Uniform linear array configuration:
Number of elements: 32
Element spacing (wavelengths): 0.5
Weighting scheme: uniform
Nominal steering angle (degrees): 15
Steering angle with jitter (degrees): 14.567
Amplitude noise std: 0.05
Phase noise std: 0.05

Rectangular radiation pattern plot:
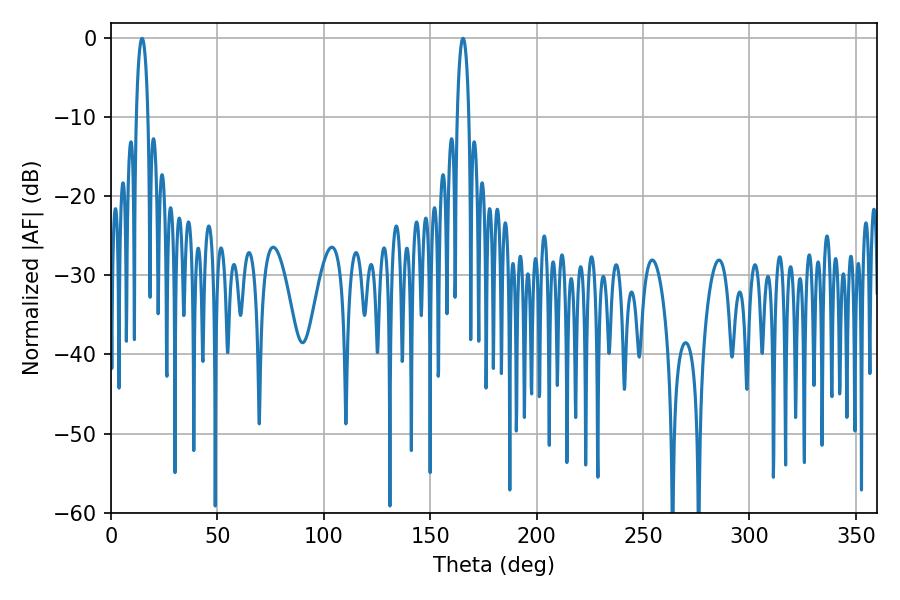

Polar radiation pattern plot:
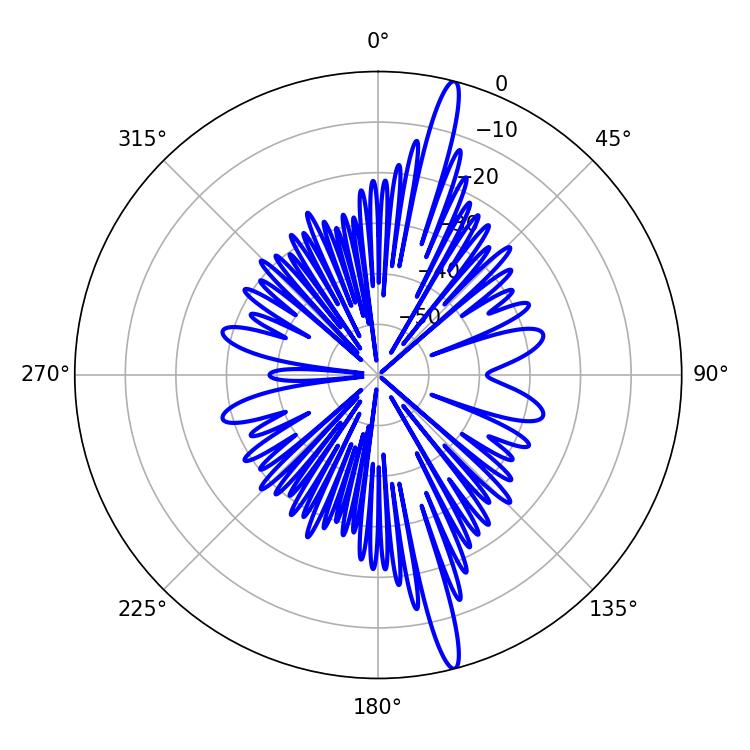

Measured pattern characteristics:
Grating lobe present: FALSE
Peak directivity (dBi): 17.854
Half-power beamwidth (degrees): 3.06
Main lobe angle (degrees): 14.58